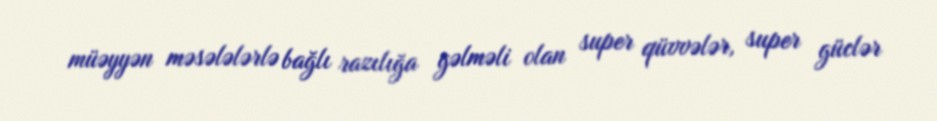
müəyyən məsələlərlə bağlı razılığa gəlməli olan super qüvvələr, super güclər